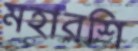
মহারশি